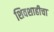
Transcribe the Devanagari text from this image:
शिवशाहीचा